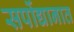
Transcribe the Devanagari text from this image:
सर्पोद्यानात